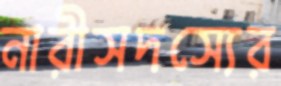
নারীসদস্যের